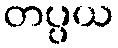
တပ္ပယ